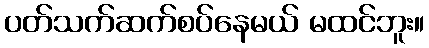
ပတ်သက်ဆက်စပ်နေမယ် မထင်ဘူး။